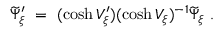
\widetilde \Psi _ { \xi } ^ { \prime } \ = \ ( \cosh V _ { \xi } ^ { \prime } ) ( \cosh V _ { \xi } ) ^ { - 1 } \widetilde \Psi _ { \xi } \ .